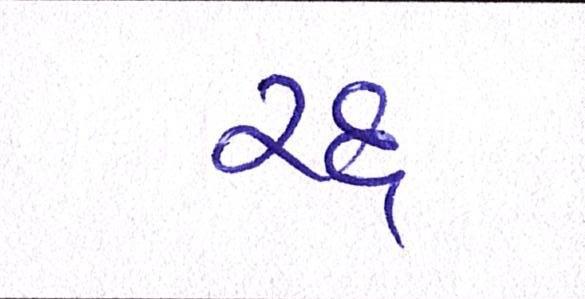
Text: રદ્દ